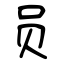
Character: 员